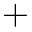
+